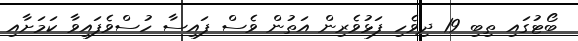
ބޯޓުގައި ތިބި 19 ދިވެހި ފަޅުވެރިން އަތުން ވެސް ފައިސާ ހުސްވެފައިވާ ކަމަށާއި